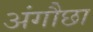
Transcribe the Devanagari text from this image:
अंगौछा